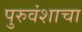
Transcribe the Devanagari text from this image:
पुरुवंशाचा